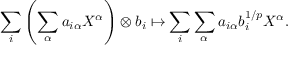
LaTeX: \sum _ { i } \left( \sum _ { \alpha } a _ { i \alpha } X ^ { \alpha } \right) \otimes b _ { i } \mapsto \sum _ { i } \sum _ { \alpha } a _ { i \alpha } b _ { i } ^ { 1 / p } X ^ { \alpha } .